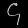
Digit: ၄